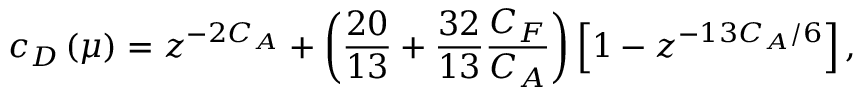
c _ { D } \left( \mu \right) = z ^ { - 2 C _ { A } } + \left( \frac { 2 0 } { 1 3 } + \frac { 3 2 } { 1 3 } \frac { C _ { F } } { C _ { A } } \right) \left[ 1 - z ^ { - 1 3 C _ { A } / 6 } \right] ,